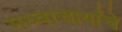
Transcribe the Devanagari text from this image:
मध्वाचार्यांचे